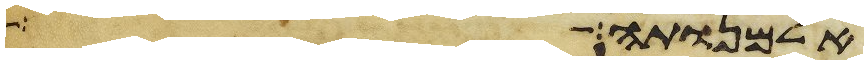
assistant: אלמנותה